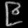
Digit: ၉